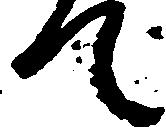
て